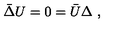
\bar { \Delta } U = 0 = \bar { U } \Delta \ ,